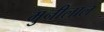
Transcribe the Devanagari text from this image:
मुनीलाल